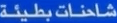
الدفانة-طبيعة